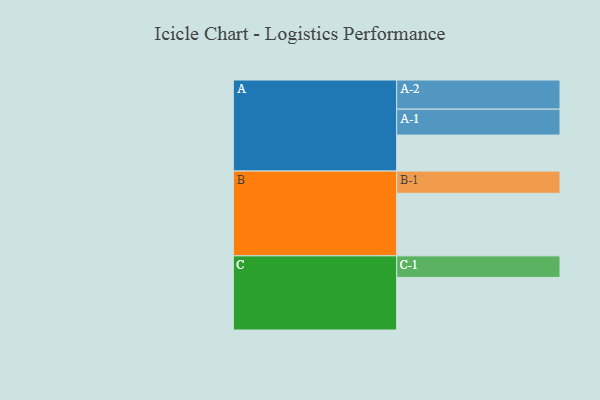
{"axis": {"x": "Segment", "y": "Value"}, "legend": ["", "A", "B", "C"], "data": [{"x": "A", "y": 332, "type": ""}, {"x": "B", "y": 577, "type": ""}, {"x": "C", "y": 485, "type": ""}, {"x": "A-1", "y": 239, "type": "A"}, {"x": "A-2", "y": 269, "type": "A"}, {"x": "B-1", "y": 205, "type": "B"}, {"x": "C-1", "y": 199, "type": "C"}]}